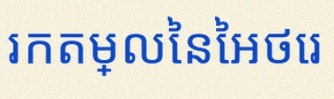
រកតម្លៃនៃអថេរ